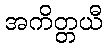
အကိတ္တယီ